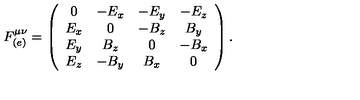
F _ { ( e ) } ^ { \mu \nu } = \left( \begin{array} { c c c c } { 0 } & { - E _ { x } } & { - E _ { y } } & { - E _ { z } } \\ { E _ { x } } & { 0 } & { - B _ { z } } & { B _ { y } } \\ { E _ { y } } & { B _ { z } } & { 0 } & { - B _ { x } } \\ { E _ { z } } & { - B _ { y } } & { B _ { x } } & { 0 } \\ \end{array} \right) .